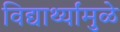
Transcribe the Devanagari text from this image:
विद्यार्थ्यांमुळे